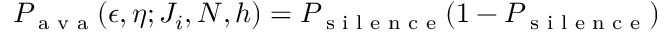
P _ { \textrm { a v a } } ( \epsilon , \eta ; J _ { i } , N , h ) = P _ { \textrm { s i l e n c e } } ( 1 - P _ { \textrm { s i l e n c e } } )